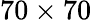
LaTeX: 70\times 70